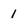
Character: 1